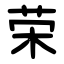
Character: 荣